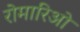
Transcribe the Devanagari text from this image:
रोमारिओ